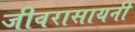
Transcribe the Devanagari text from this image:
जीवरासायनी